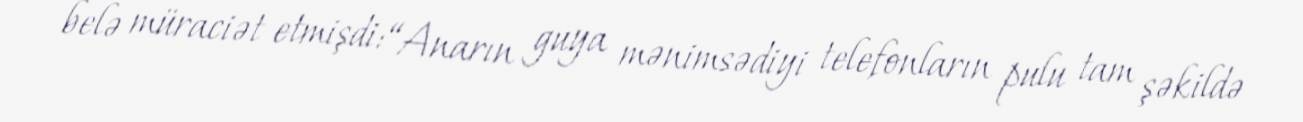
belə müraciət etmişdi: “Anarın guya mənimsədiyi telefonların pulu tam şəkildə